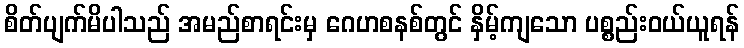
စိတ်ပျက်မိပါသည် အမည်စာရင်းမှ ဂေဟစနစ်တွင် နှိမ့်ကျသော ပစ္စည်းဝယ်ယူရန်